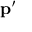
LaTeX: \mathbf { p } ^ { \prime }